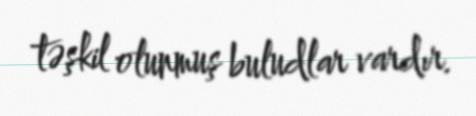
təşkil olunmuş buludlar vardır.